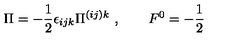
\Pi = - \frac { 1 } { 2 } \epsilon _ { i j k } \Pi ^ { ( i j ) k } \ , \qquad F ^ { 0 } = - \frac { 1 } { 2 }